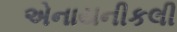
એનાયનીકલી